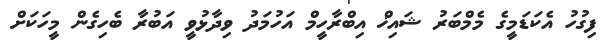
ފިގުހު އެކަޑަމީގެ މެމްބަރު ޝައިޚް އިބްރާހީމް އަހުމަދު ވިދާޅުވީ އަބުރާ ބެހިގެން މީހަކަށް